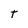
Character: T